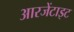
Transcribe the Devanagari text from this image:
आरजेंटाइट